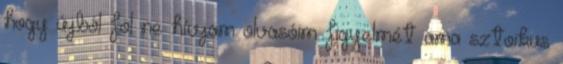
hogy újból föl ne hívjam olvasóim figyelmét ama sztoikus